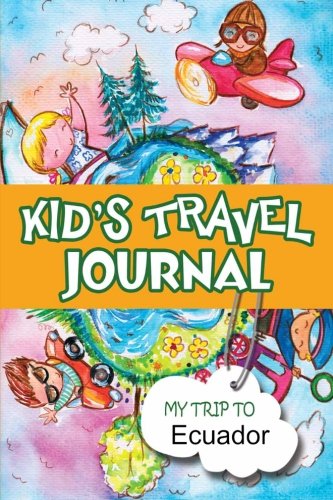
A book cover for Kids Travel Journal: My Trip to Ecuador; Bluebird Books; Travel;